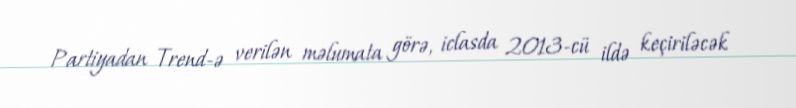
Partiyadan Trend-ə verilən məlumata görə, iclasda 2013-cü ildə keçiriləcək